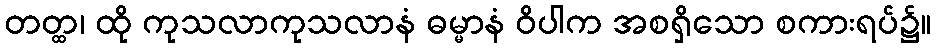
တတ္ထ၊ ထို ကုသလာကုသလာနံ ဓမ္မာနံ ဝိပါက အစရှိသော စကားရပ်၌။